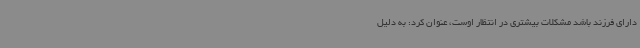
دارای فرزند باشد مشکلات بیشتری در انتظار اوست، عنوان کرد: به دلیل